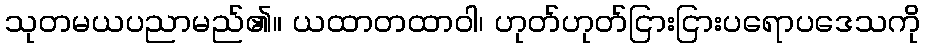
သုတမယပညာမည်၏။ ယထာတထာဝါ၊ ဟုတ်ဟုတ်ငြားငြားပရောပဒေသကို